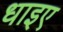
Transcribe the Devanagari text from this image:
धाइए